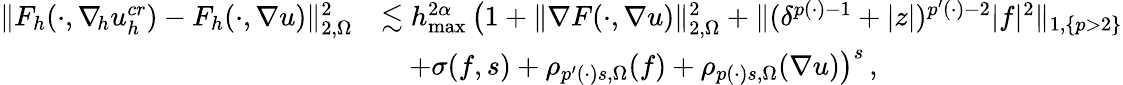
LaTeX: \begin{array}{rl}{\| F_{h}(\cdot,\nabla_{\! h}u_{h}^{\textit{cr}})-F_{h}(\cdot,\nabla u)\| _{2,\Omega}^{2}}&{\lesssim h_{\operatorname*{max}}^{2\alpha}\, \big(1+\| \nabla F(\cdot,\nabla u)\| _{2,\Omega}^{2}+\| (\delta^{p(\cdot)-1}+\vert z\vert)^{p^{\prime}(\cdot)-2}\vert f\vert^{2}\| _{1,\{ p>2\} }}\\ &{\quad+\sigma(f,s)+\rho_{p^{\prime}(\cdot)s,\Omega}(f)+\rho_{p(\cdot)s,\Omega}(\nabla u)\big)^{s}\, ,}\end{array}